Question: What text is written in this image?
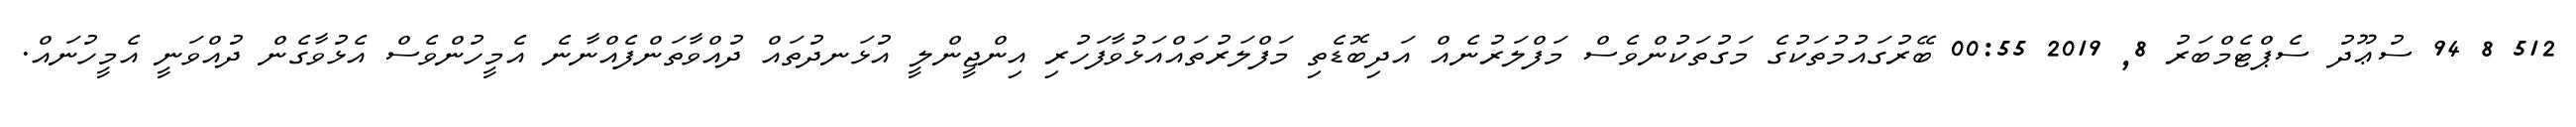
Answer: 512 8 94 ސުޢޫދު ސެޕްޓެމްބަރު 8, 2019 00:55 ބޭރުގައުމުތަކުގެ މަގުތަކުންވެސް މަފްލަރުނެއް އަދިބޮޑެތި މަފްލަރުތައްއަޅުވާފަހުރި އިންޖީންލީ އުޅަނދުތައް ދުއްވާތަންފެއްނާނެ އެމީހުންވެސް އެޅުވާގެން ދުއްވަނީ އެމީހުނައް.